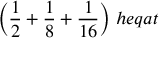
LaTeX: { \bigg ( } { \frac { 1 } { 2 } } + { \frac { 1 } { 8 } } + { \frac { 1 } { 1 6 } } { \bigg ) } \; h e q a t